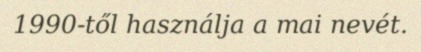
1990-től használja a mai nevét.